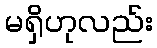
မရှိဟုလည်း